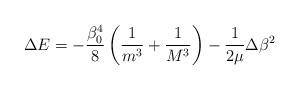
\begin{align*}\Delta E=-\frac {\beta_0^4}8\left(\frac 1{m^3}+\frac 1{M^3}\right)-\frac 1{2\mu}\Delta\beta^2\end{align*}